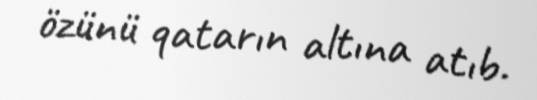
özünü qatarın altına atıb.